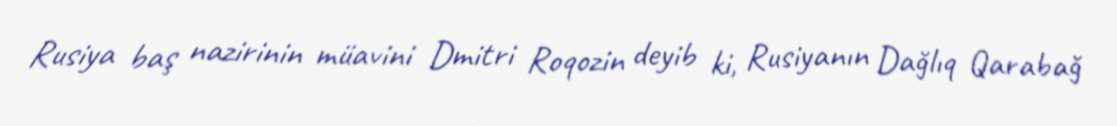
Rusiya baş nazirinin müavini Dmitri Roqozin deyib ki, Rusiyanın Dağlıq Qarabağ